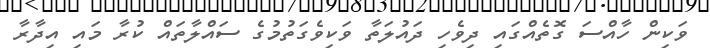
ވަކިން ހާއްސަ ގޮތެއްގައި ދިވެހި ދައުލަތާ ވަކިވެގަތުމުގެ ސައްލާތައް ކުރާ މައި އިދާރާ